Vaccination report Assam 1874-1896 - 1874-1896
Year: 1874
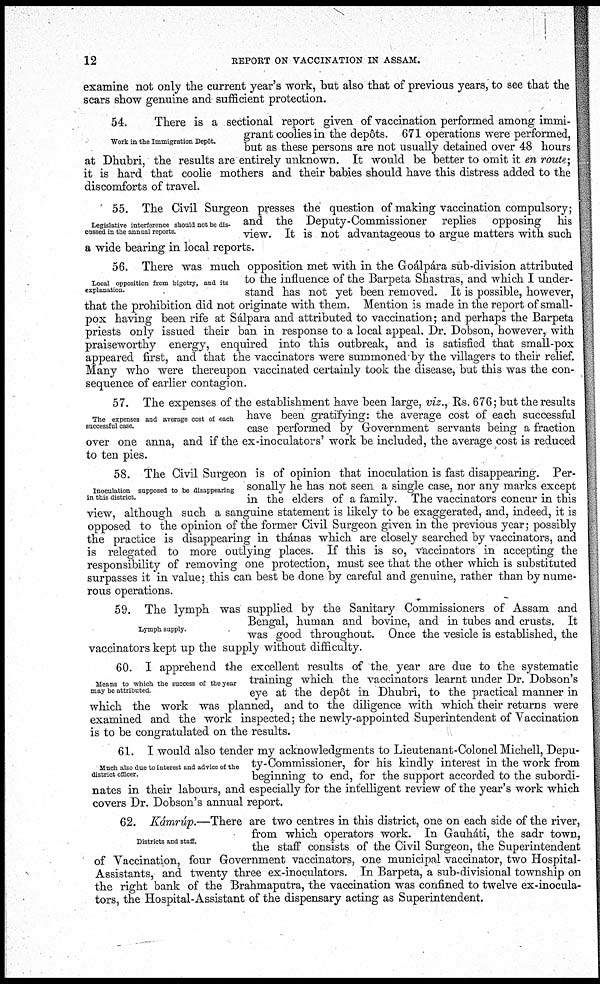
12
REPORT ON VACCINATION IN ASSAM.
examine not only the current year's work, but also that of previous years, to see that the
scars show genuine and sufficient protection.
Work in the Immigration Depôt.
54.
There is a sectional report given of vaccination performed among immi-
grant coolies in the depôts. 671 operations were performed,
but as these persons are not usually detained over 48 hours
at Dhubri, the results are entirely unknown. It would be better to omit it en route;
it is hard that coolie mothers and their babies should have this distress added to the
discomforts of travel.
Legislative interference should not be dis-
cussed in the annual reports.
55. The Civil Surgeon presses the question of making vaccination compulsory;
and the Deputy-Commissioner replies opposing his
view. It is not advantageous to argue matters with such
a wide bearing in local reports.
Local opposition from bigotry, and its
explanation.
56. There was much opposition met with in the Goálpára sub-division attributed
to the influence of the Barpeta Shastras, and which I under-
stand has not yet been removed. It is possible, however,
that the prohibition did not originate with them. Mention is made in the report of small-
pox having been rife at Sálpara and attributed to vaccination; and perhaps the Barpeta
priests only issued their ban in response to a local appeal. Dr. Dobson, however, with
praiseworthy energy, enquired into this outbreak, and is satisfied that small-pox
appeared first, and that the vaccinators were summoned by the villagers to their relief.
Many who were thereupon vaccinated certainly took the disease, but this was the con-
sequence of earlier contagion.
The expenses and average cost of each
successful case.
57. The expenses of the establishment have been large, viz., Rs. 676; but the results
have been gratifying: the average cost of each successful
case performed by Government servants being a fraction
over one anna, and if the ex-inoculators' work be included, the average cost is reduced
to ten pies.
Inoculation supposed to be disappearing
in this district.
58. The Civil Surgeon is of opinion that inoculation is fast disappearing. Per-
sonally he has not seen a single case, nor any marks except
in the elders of a family. The vaccinators concur in this
view, although such a sanguine statement is likely to be exaggerated, and, indeed, it is
opposed to the opinion of the former Civil Surgeon given in the previous year; possibly
the practice is disappearing in thánas which are closely searched by vaccinators, and
is relegated to more outlying places. If this is so, vaccinators in accepting the
responsibility of removing one protection, must see that the other which is substituted
surpasses it in value; this can best be done by careful and genuine, rather than by nume-
rous operations.
Lymph supply.
59. The lymph was supplied by the Sanitary Commissioners of Assam and
Bengal, human and bovine, and in tubes and crusts. It
was good throughout. Once the vesicle is established, the
vaccinators kept up the supply without difficulty.
Means to which the success of the year
may be attributed.
60. I apprehend the excellent results of the year are due to the systematic
training which the vaccinators learnt under Dr. Dobson's
eye at the depôt in Dhubri, to the practical manner in
which the work was planned, and to the diligence with which their returns were
examined and the work inspected; the newly-appointed Superintendent of Vaccination
is to be congratulated on the results.
Much also due to interest and advice of the
district officer.
61. I would also tender my acknowledgments to Lieutenant-Colonel Michell, Depu-
ty-Commissioner, for his kindly interest in the work from
beginning to end, for the support accorded to the subordi-
nates in their labours, and especially for the intelligent review of the year's work which
covers Dr. Dobson's annual report.
Districts and staff.
62. Kámrúp.—There are two centres in this district, one on each side of the river,
from which operators work. In Gauháti, the sadr town,
the staff consists of the Civil Surgeon, the Superintendent
of Vaccination, four Government vaccinators, one municipal vaccinator, two Hospital-
Assistants, and twenty three ex-inoculators. In Barpeta, a sub-divisional township on
the right bank of the Brahmaputra, the vaccination was confined to twelve ex-inocula-
tors, the Hospital-Assistant of the dispensary acting as Superintendent.